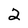
Character: 2